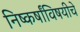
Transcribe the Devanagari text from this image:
निष्कर्षांविषयीचे